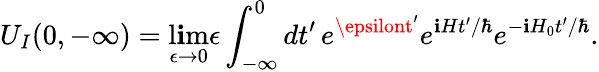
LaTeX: U_{I}(0,-\infty)=\operatorname*{l\mathbf{i}m}_{\epsilon\to0}\epsilon\int_{-\infty}^{0}dt^{\prime}\, e^{\epsilont^{\prime}}e^{\mathbf{i}Ht^{\prime}/\hbar}e^{-\mathbf{i}H_{0}t^{\prime}/\hbar}.